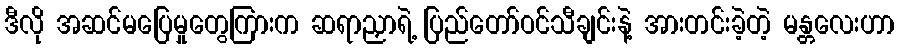
ဒီလို အဆင်မပြေမှုတွေကြားက ဆရာညှာရဲ့ ပြည်တော်ဝင်သီချင်းနဲ့ အားတင်းခဲ့တဲ့ မန္တလေးဟာ